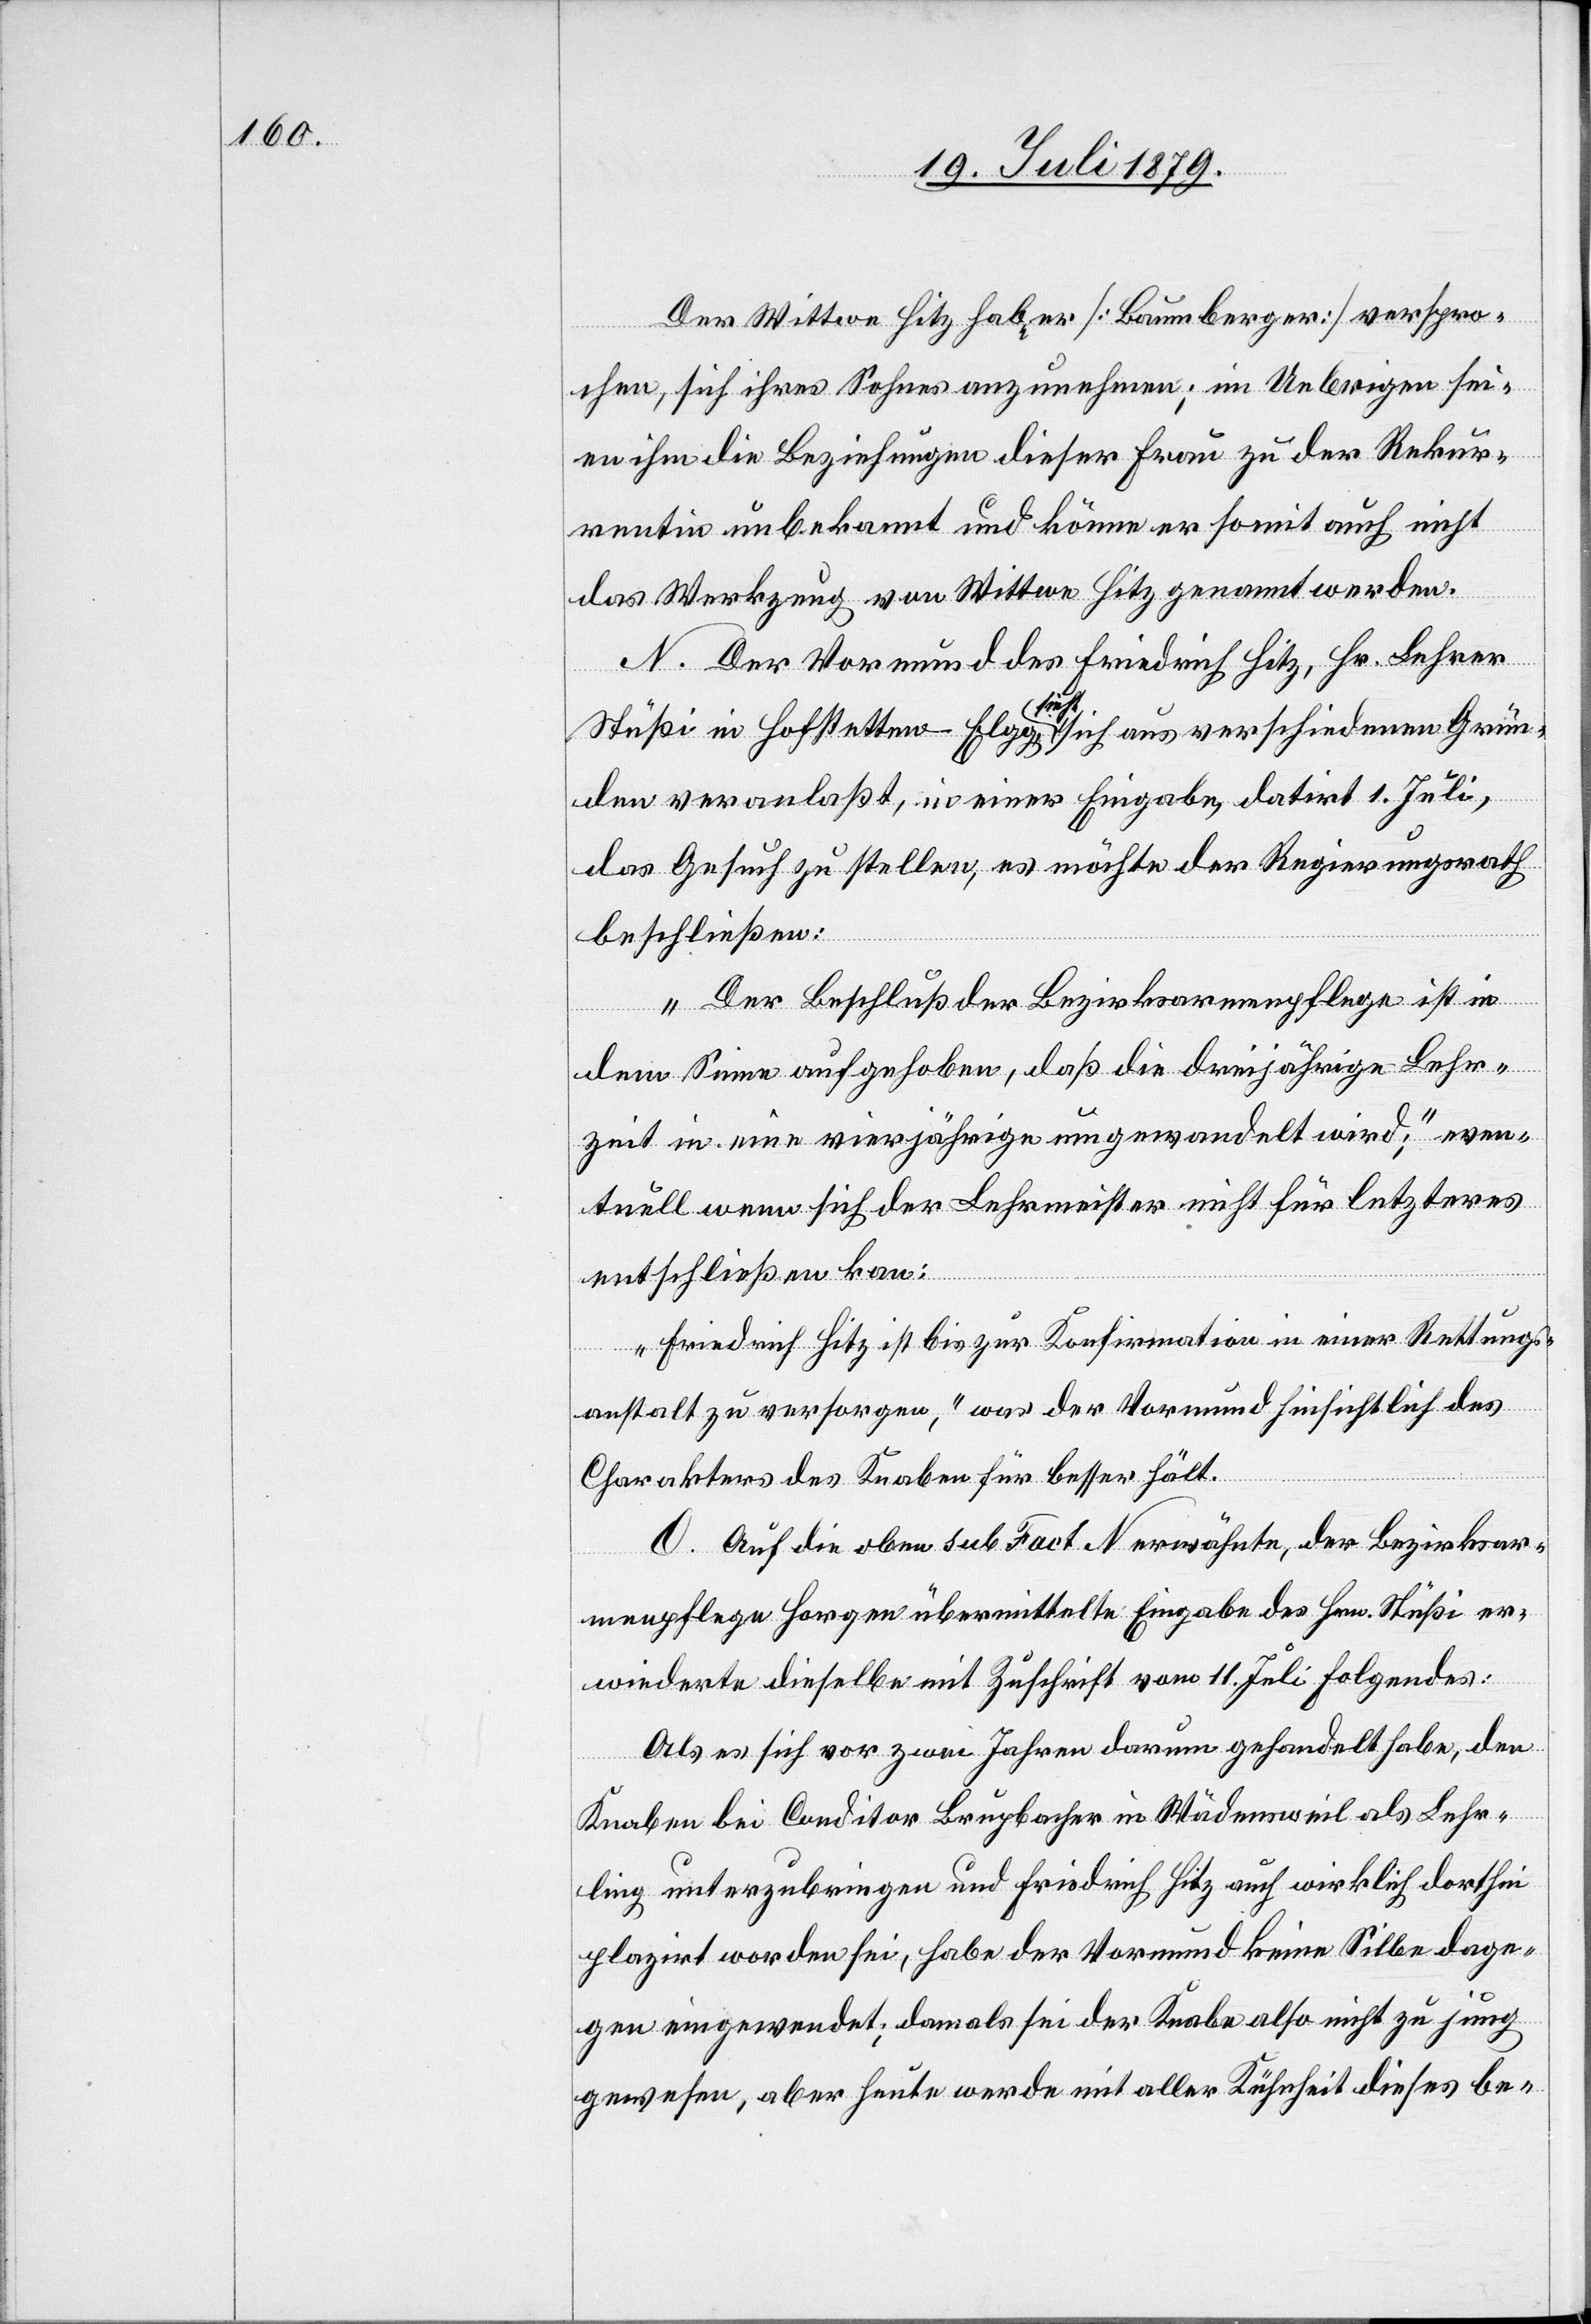
Der Wittwe Hitz habe er [Baumberger] verspro¬
chen, sich ihres Sohnes anzunehmen; im Uebrigen sei¬
en ihm die Beziehungen dieser Frau zu der Rekur¬
rentin unbekannt und könne er somit auch nicht
das Werkzeug von Wittwe Hitz genannt werden.
N. Der Vormund des Friedrich Hitz, Hr. Lehrer
Stüßi in Hofstetten - Elgg, sieht sich aus verschiedenen Grün¬
den veranlaßt, in einer Eingabe, datirt 1. Juli,
das Gesuch zu stellen, es möchte der Regierungsrath
beschließen:
„Der Beschluß der Bezirksarmenpflege ist in
dem Sinne aufgehoben, daß die dreijährige Lehr¬
zeit in eine vierjährige umgewandelt wird;“ even¬
tuell wenn sich der Lehrmeister nicht für letzteres
entschließen kan[n]:
„Friedrich Hitz ist bis zur Konfirmation in einer Rettungs¬
anstalt zu versorgen,“ was der Vormund hinsichtlich des
Charakters des Knaben für besser hält.
O. Auf die oben sub Fact. N erwähnte, der Bezirksar¬
menpflege Horgen übermittelte Eingabe des Hrn. Stüßi er¬
wiederte dieselbe mit Zuschrift vom 11. Juli Folgendes:
Als es sich vor zwei Jahren darum gehandelt habe, den
Knaben bei Conditor Brupbacher in Wädensweil als Lehr¬
ling unterzubringen und Friedrich Hitz auch wirklich dorthin
plazirt worden sei, habe der Vormund keine Silbe dage¬
gen eingewendet; damals sei der Knabe also nicht zu jung
gewesen, aber heute werde mit aller Kühnheit dieses be-